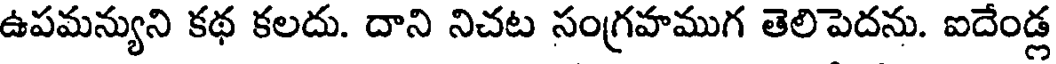
ఉపమన్యుని కథ కలదు. దాని నిచట సంగ్రహముగ తెలిపెదను. ఐదేండ్ల